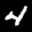
Label: 4